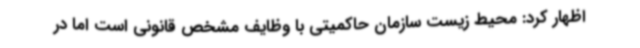
اظهار کرد: محیط زیست سازمان حاکمیتی با وظایف مشخص قانونی است اما در